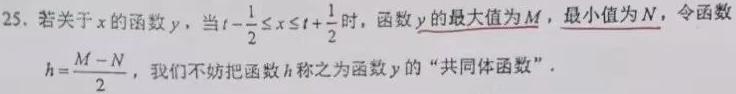
25. 若关于\(x\)的函数\(y\)，当\(t - \frac{1}{2} \leq x \leq t + \frac{1}{2}\)时，函数\(y\)的最大值为\(M\)，最小值为\(N\)，令函数\(h = \frac{M - N}{2}\)，我们不妨把函数\(h\)称之为函数\(y\)的“共同体函数”.